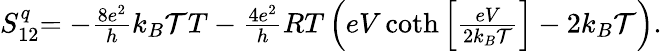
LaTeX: \begin{array}{r}{{S_{12}^{q}}{=-\frac{8e^{2}}{h}k_{B}\mathcal{T}T-\frac{4e^{2}}{h}RT\left(eV\coth\left[\frac{eV}{2k_{B}\mathcal{T}}\right]-2k_{B}\mathcal{T}\right).}}\end{array}